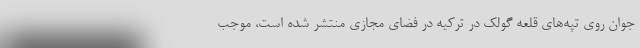
جوان روی تپه‌های قلعه گولک در ترکیه در فضای مجازی منتشر شده است، موجب